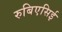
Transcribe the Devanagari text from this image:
रुबिएसिई